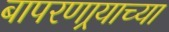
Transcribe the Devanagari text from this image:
बापरणार्‍याच्या